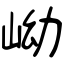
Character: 岰